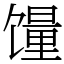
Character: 䭪